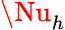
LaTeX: \Nu_{h}